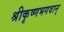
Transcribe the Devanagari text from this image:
श्रीकृष्णभगवान्